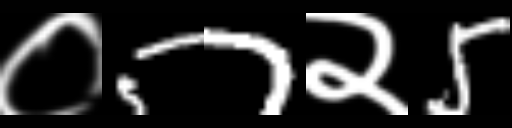
Text: ०57२5